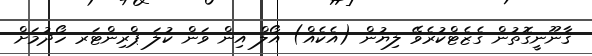
ޤާނޫނީގޮތުން ގެޒެޓްކުރެވޭ ލިޔުން (އެކެއް) އޯލް އިން ވަން ކުލަ ޕްރިންޓަރ ހޯދުމަށް